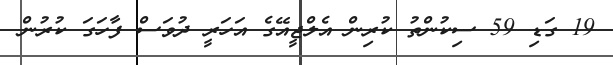
19 ގަޑި 59 ސިކުންތު ކުރިން އެލްޖީއޭގެ އަހަރީ ދުވަސް ފާހަގަ ކުރުން